Seli_vallavalitsus_Parnumaal, lk 10
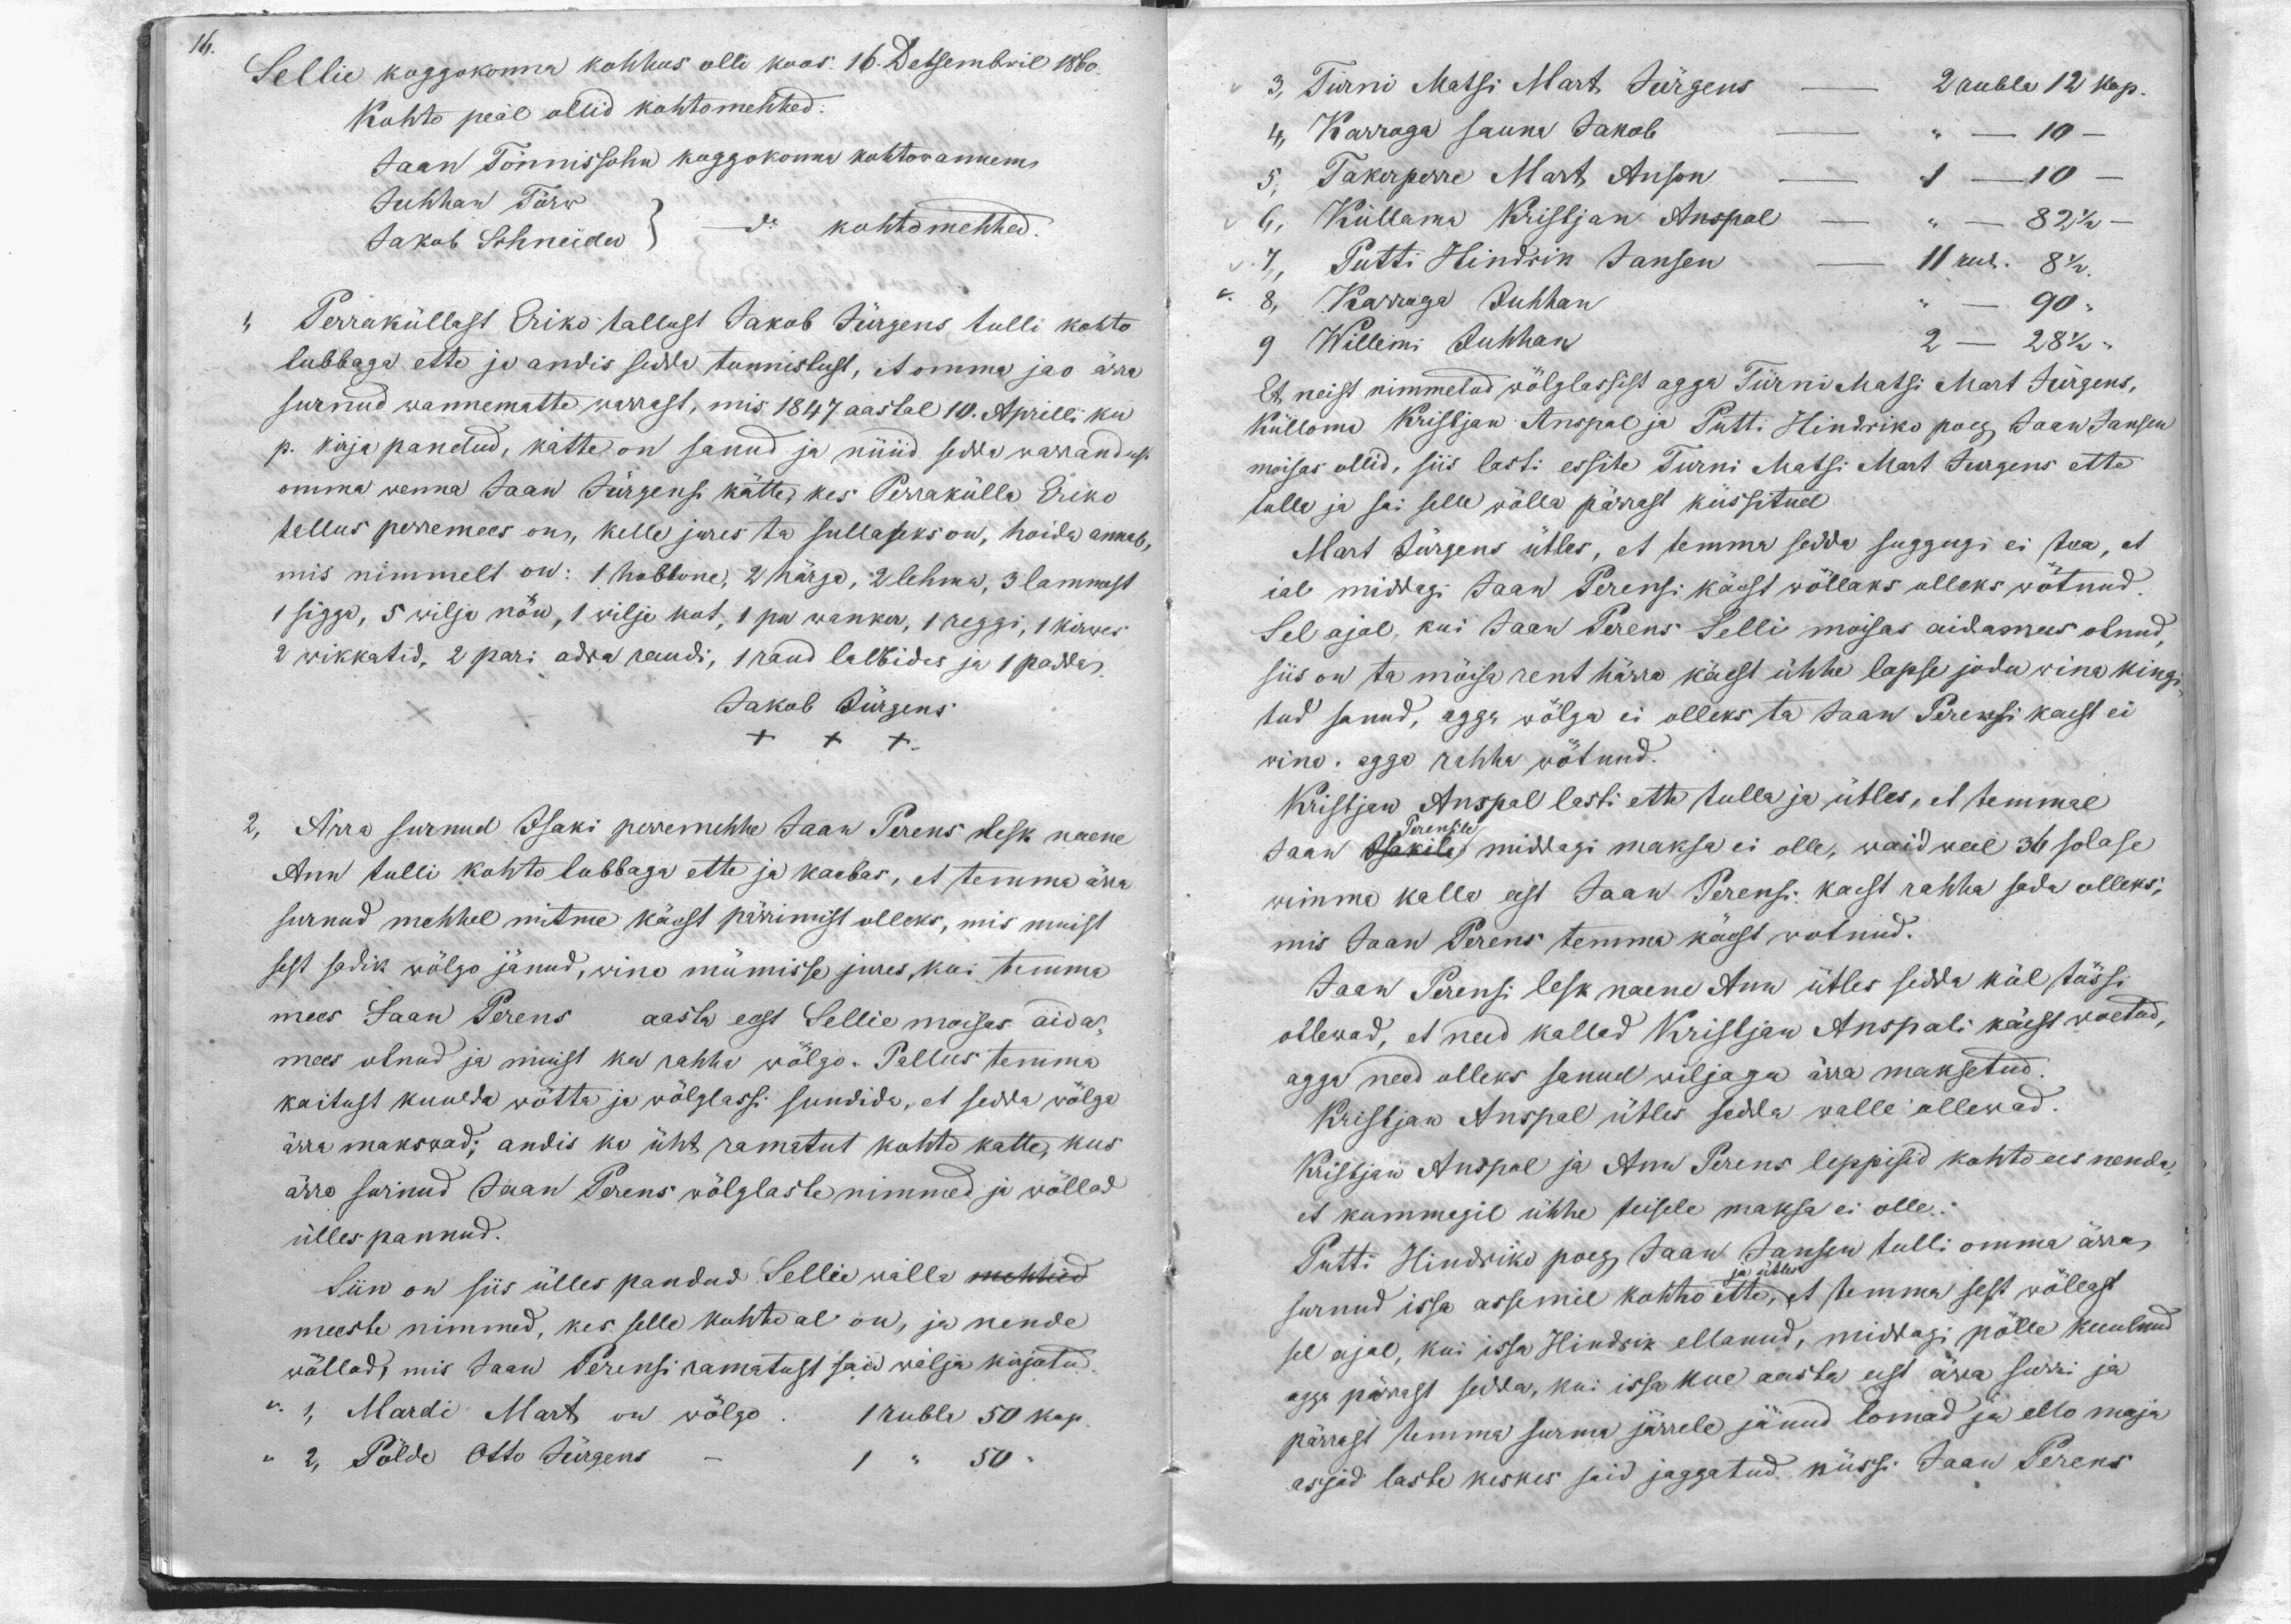
16.

Sellie koggokonna kohhus olli koos 16. Detsembril 1860.
Kohto peäl ollid kohtomehhed.
Jaan Tönnissohn koggokonna kohtowannem
Juhhan Törw
kohtomehhed
Jakob Schneider
1,
Perraküllast Eriko tallust Jakob Jürgens tulli kohto
lubbaga ette ja andis sedda tunnistust, et omma jao ärra
surnud wannematte perrast, mis 1847 aastal 10. Aprilli ku-
p. kirja pandud, kätte on sanud ja nüüd sedda warrandust
omma wenna Jaan Jürgensi kätte, kes Perrakülla Eriko
tallus perremees on, kelle jures ta sullaseks on, hoida annab,
mis nimmelt on: 1 hobbone, 2 härga, 2 lehma, 3 lammast
1 sigga, 5 wilja nöu, 1 wilja kot, 1 pu wanker, 1 reggi, 1 kirwes
2 wikkatid, 2 pari adra raudi, 1 raud labbidas ja 1 paddas.
Jakob Jürgens
XXX
Ärra surnud Isaki perremehhe Jaan Perens lesk naene
Ann tulli kohto lubbaga ette ja kaebas, et temma ärra
surnud mehhel mitme käest pärimist olleks, mis muist
sest sadik wölgo jänud, wino mümisse jures, kui temma
mees Jaan Perens aasta eest Sellie moisas aida-
mees olnud ja muist ka rahha wölgo. Pallus temma
kaitust kuulda wõtta ja wölglassi sundida, et sedda wölga
ärra makswad; andis ka üht ramatut kohto katte, kus
ärra surnud Jaan Perens wölglaste nimmed ja wöllad
ülles pannud.
Siin on siis ülles pandud Sellie walla mehhed
meeste nimmed, kes selle kohto al on, ja nende
wöllad, mis Jaan Perensi ramatust sai wälja kirjutud.
1, Mardi Mart on wõlgo. 1 rubla 50 kop.
2, Põlde Otto Jürgens
1 " 50 "

3, Türni Matsi Mart Jürgens
2 rubla 12 kop.
4, Karroga sauna Jakob
Takerperre Mart Anson
10 -
1 - 10
Küllama Kristjan Anspal
82 1/2
Putti Hindrik Jansen
11 rub. 8 1/2
Karroga Juhhan
90
9. Willemi Juhhan
2 - 28 1/2
Et neist nimmetud wölglassist agga Türni Matsi Mart Jürgens,
Külloma Kristjan Anspal ja Pütti Hindriko poeg Jaan Jansen
moisas ollid, siis lasti essite Turni Matsi Mart Jurgens ette
tulla ja sai selle wölla pärrast küssitud.
Mart Jürgens ütles, et temma sedda suggugi ei tea, et
ial midagi Jaan Perensi käest wöllaks olleks wötnud.
Sel ajal, kui Jaan Perens Selli moisas aidamees olnud,
siis on ta möisa rent härra käest ühhe lapse jodu wina kingi-
tud sanud, agga wölga ei olleks ta Jaan Perensi kaest ei
wina egga rahha wötnud.
Kristjan Anspal lasti ette tulla ja ütles, et temmal
Jaan Isakile middagi maksa ei olle, waid weel 36 solase
Perensile
wimma kalla eest Jaan Perensi kaest rahha sada olleks,
mis Jaan Perens temma käest wotnud.
Jaan Perensi lesk naene Ann ütles sedda kül tössi
ollewad, et need kallad Kristjan Anspali käest wöetud,
agga need olleks sanud wiljaga ärra maksetud.
Kristjan Anspal ütles sedda walle ollewad.
Kristjan Anspal ja Ann Perens leppisid kohto ees nenda
et kummagil ühhe teisele maksa ei olle.
Putti Hindriko poeg Jaan Jansen tulli omma ärra,
surnud issa assemil kohto ette ja ütles et temma sest wöllast
sel ajal, kui issa Hindrik ellanud, middagi pölle kuulnud
aga pärrast sedda, kui issa kue aasta eest ärra surri ja
pärrast temma surma järrele jänud lomad ja ello maja
asjad laste keskes said jaggatud küssi Jaan Perens